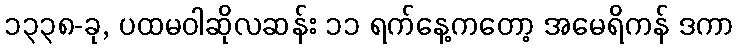
၁၃၃၈-ခု, ပထမဝါဆိုလဆန်း ၁၁ ရက်နေ့ကတော့ အမေရိကန် ဒကာ